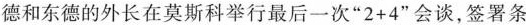
德和东德的外长在莫斯科举行最后一次”2+4”会谈，签署条